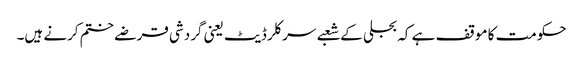
حکومت کا موقف ہے کہ بجلی کے شعبے سرکلر ڈیٹ یعنی گردشی قرضے ختم کرنے ہیں۔